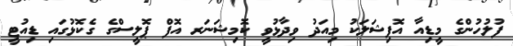
ފުލުހުންގެ މީޑިއާ އޮފިޝަލަކު މިއަދު ވިދާޅުވީ ކޮމިޝަނަރ އޮފް ޕޮލީސްގެ ގެކޮޅުގައި ޑިއުޓީ